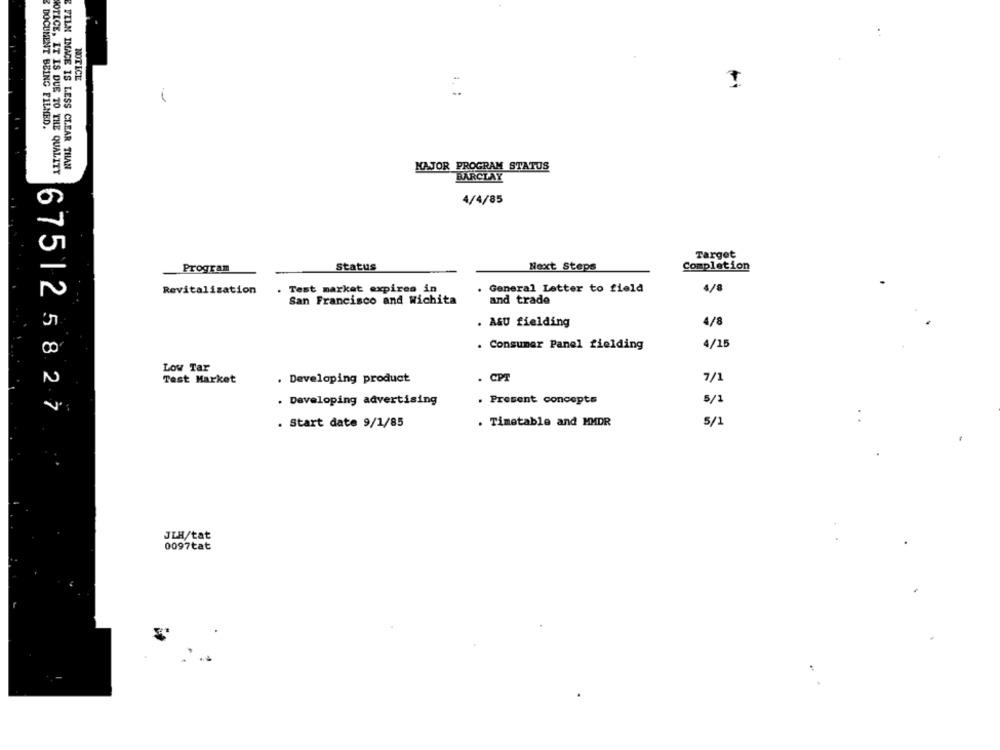
NOTICE
DOCUMENT BEING FILMED.
E FILM IMAGE IS LESS CLEAR THAN
NOTICE, IT IS DUE TO THE QUALITY
MAJOR PROGRAM STATUS
BARCLAY
4/4/85
Target
Program
Status
Next Steps
Completion
Revitalization
Test market expires in
. General Letter to field
4/8
San Francisco and Wichita
and trade
. ASU fielding
4/8
. Consumer Panel fielding
4/15
Low Tar
Test Market
. Developing product
. CPT
7/1
. Developing advertising
. Present concepts
5/1
675125827
. Start date 9/1/85
. Timetable and MMDR
5/1
JIH/tat
0097tat